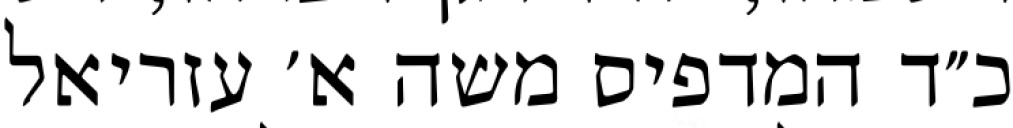
כ״ד המדפיס משה א׳ עזריאל